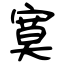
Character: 寞